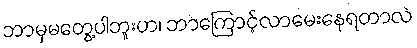
ဘာမှမတွေ့ပါဘူးဟ၊ ဘာကြောင့်လာမေးနေရတာလဲ